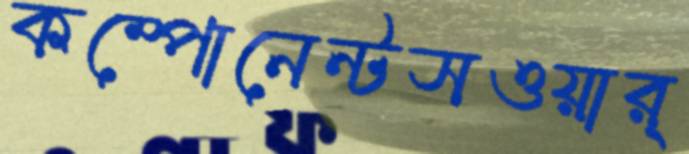
কম্পোনেন্টসওয়ার্